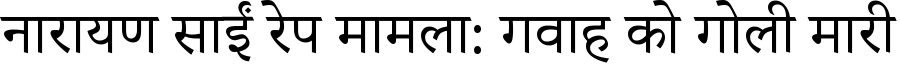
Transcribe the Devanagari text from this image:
नारायण साईं रेप मामला: गवाह को गोली मारी